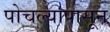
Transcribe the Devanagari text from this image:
पोचल्यापासून